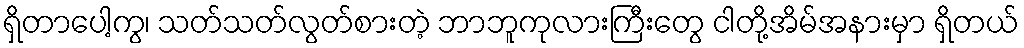
ရှိတာပေါ့ကွ၊ သတ်သတ်လွတ်စားတဲ့ ဘာဘူကုလားကြီးတွေ ငါတို့အိမ်အနားမှာ ရှိတယ်